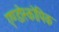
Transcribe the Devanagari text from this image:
एण्डोस्कोपिक